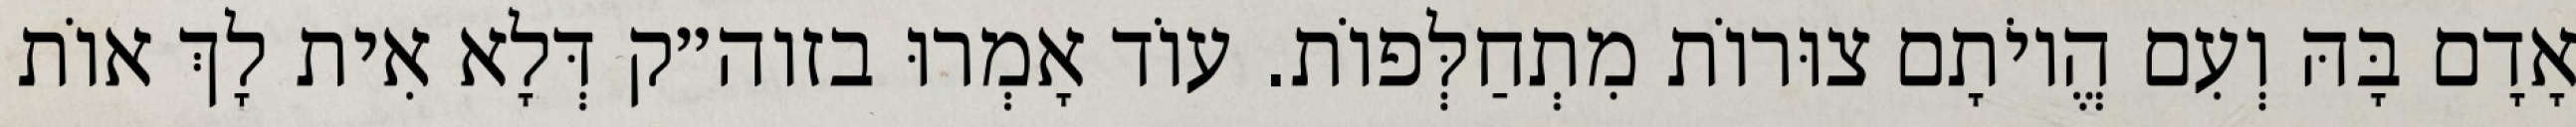
אָדָם בָּהּ וְעִם הֱיוֹתָם צוּרוֹת מִתְחַלְּפוֹת. עוֹד אָמְרוּ בזוה״ק דְּלָא אִית לָךְ אוֹת